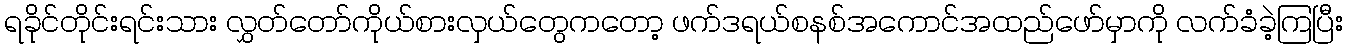
ရခိုင်တိုင်းရင်းသား လွှတ်တော်ကိုယ်စားလှယ်တွေကတော့ ဖက်ဒရယ်စနစ်အကောင်အထည်ဖော်မှာကို လက်ခံခဲ့ကြပြီး